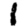
Digit: 1